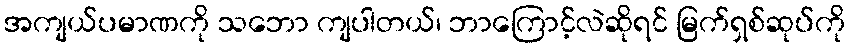
အကျယ်ပမာဏကို သဘော ကျပါတယ်၊ ဘာကြောင့်လဲဆိုရင် မြက်ရှစ်ဆုပ်ကို